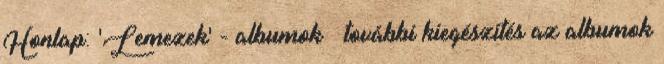
Honlap: 'Lemezek' - albumok » további kiegészítés az albumok